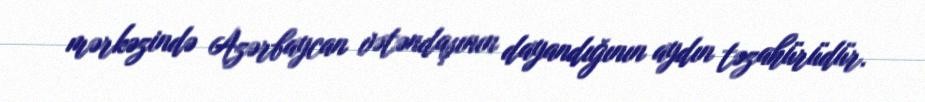
mərkəzində Azərbaycan vətəndaşının dayandığının aydın təzahürüdür.